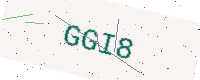
Text: GGI8